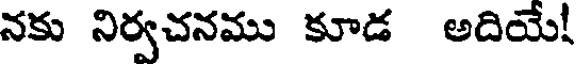
నకు నిర్వచనము కూడ అదియే!